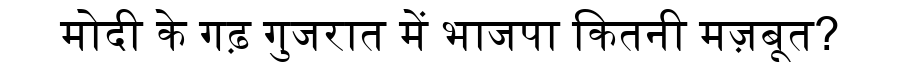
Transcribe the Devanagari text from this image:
मोदी के गढ़ गुजरात में भाजपा कितनी मज़बूत?